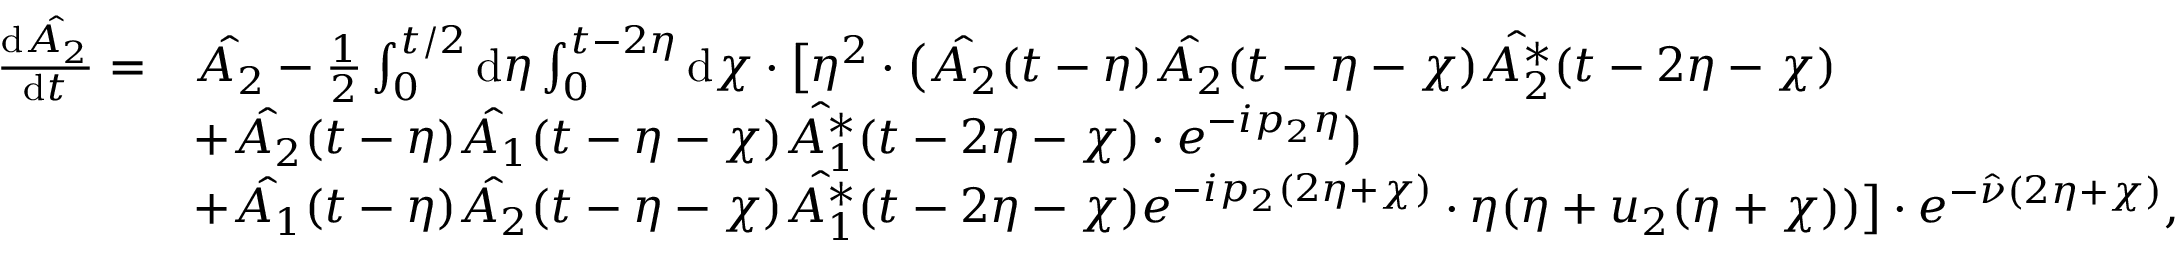
\begin{array} { r l } { \frac { \mathrm { d } \hat { A _ { 2 } } } { \mathrm { d } t } = } & { \hat { A _ { 2 } } - \frac { 1 } { 2 } \int _ { 0 } ^ { t / 2 } \mathrm { d } \eta \int _ { 0 } ^ { t - 2 \eta } \mathrm { d } \chi \cdot \bigl [ \eta ^ { 2 } \cdot \bigl ( \hat { A _ { 2 } } ( t - \eta ) \hat { A _ { 2 } } ( t - \eta - \chi ) \hat { A _ { 2 } ^ { * } } ( t - 2 \eta - \chi ) } \\ & { + \hat { A _ { 2 } } ( t - \eta ) \hat { A _ { 1 } } ( t - \eta - \chi ) \hat { A _ { 1 } ^ { * } } ( t - 2 \eta - \chi ) \cdot e ^ { - i p _ { 2 } \eta } \bigr ) } \\ & { + \hat { A _ { 1 } } ( t - \eta ) \hat { A _ { 2 } } ( t - \eta - \chi ) \hat { A _ { 1 } ^ { * } } ( t - 2 \eta - \chi ) e ^ { - i p _ { 2 } ( 2 \eta + \chi ) } \cdot \eta ( \eta + u _ { 2 } ( \eta + \chi ) ) \bigr ] \cdot e ^ { - \hat { \nu } ( 2 \eta + \chi ) } , } \end{array}